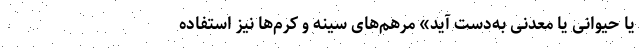
یا حیوانی یا معدنی به‌دست آید» مرهم‌های سینه و کرم‌ها نیز استفاده